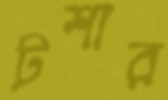
টশার